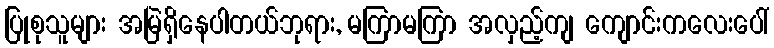
ပြုစုသူများ အမြဲရှိနေပါတယ်ဘုရား, မကြာမကြာ အလှည့်ကျ ကျောင်းကလေးပေါ်